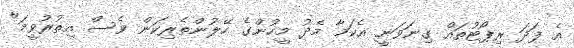
އެ ފަދަ ރިޕޯޓުތައް ގިނަވަނީ އެކަމާ މެދު މީހުންގެ ހޭލުންތެރިކަން ވެސް އިތުރުވީމަ"